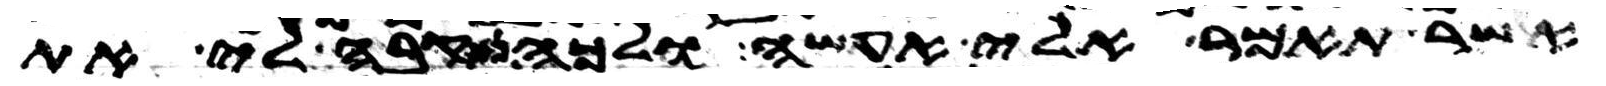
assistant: אשר תאמר אלי אעשה ולכה נא קבה לי את